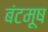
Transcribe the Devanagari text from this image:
बंटमूष